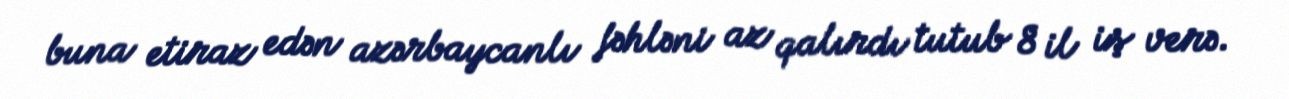
buna etiraz edən azərbaycanlı fəhləni az qalırdı tutub 8 il iş verə.